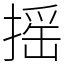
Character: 摇